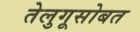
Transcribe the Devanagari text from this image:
तेलुगूसोबत